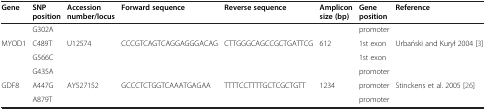
<table><thead><tr><td><b>Gene</b></td><td><b>SNP position</b></td><td><b>Accession number/locus</b></td><td><b>Forward sequence</b></td><td><b>Reverse sequence</b></td><td><b>Amplicon size (bp)</b></td><td><b>Gene position</b></td><td><b>Reference</b></td></tr></thead><tbody><tr><td rowspan="3">MYOD1</td><td>G302A</td><td rowspan="3">U12574</td><td rowspan="3">CCCGTCAGTCAGGAGGGACAG</td><td rowspan="3">CTTGGGCAGCCGCTGATTCG</td><td rowspan="3">612</td><td>promoter</td><td rowspan="3">Urbański and Kurył 2004 [3]</td></tr><tr><td>C489T</td><td>1st exon</td></tr><tr><td>G566C</td><td>1st exon</td></tr><tr><td rowspan="3">GDF8</td><td>G435A</td><td rowspan="3">AY527152</td><td rowspan="3">GCCCTCTGGTCAAATGAGAA</td><td rowspan="3">TTTTCCTTTTGCTCGCTGTT</td><td rowspan="3">1234</td><td>promoter</td><td rowspan="3">Stinckens et al. 2005 [26]</td></tr><tr><td>A447G</td><td>promoter</td></tr><tr><td>A879T</td><td>promoter</td></tr></tbody></table>